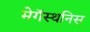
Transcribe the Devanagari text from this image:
मेगॅस्थनिस